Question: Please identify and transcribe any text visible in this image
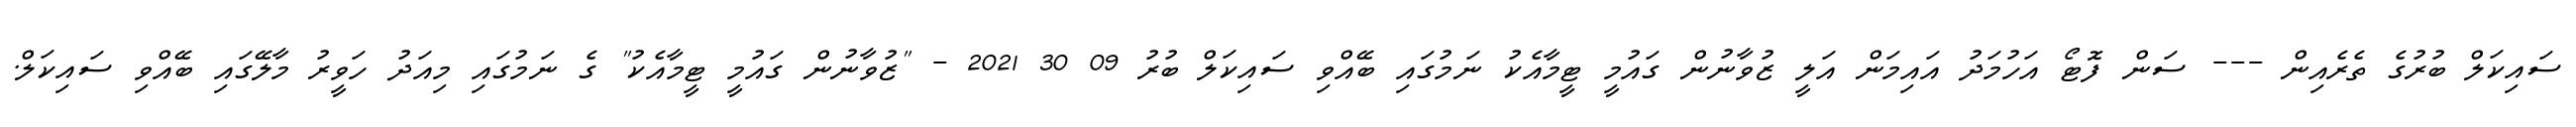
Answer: ސައިކަލް ބުރުގެ ތެރެއިން --- ސަން ފޮޓޯ އަހުމަދު އައިމަން އަލީ ޒުވާނުން ގައުމީ ޓީމާއެކު ނަމުގައި ބޭއްވި ސައިކަލް ބުރު 09 30 2021 - "ޒުވާނުން ގައުމީ ޓީމާއެކު" ގެ ނަމުގައި މިއަދު ހަވީރު މާލޭގައި ބޭއްވި ސައިކަލް.